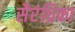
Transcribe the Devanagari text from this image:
सैरंध्रिका